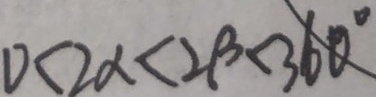
0 < 2 \alpha < 2 \beta < 3 6 0 ^ { \circ }